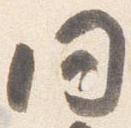
同